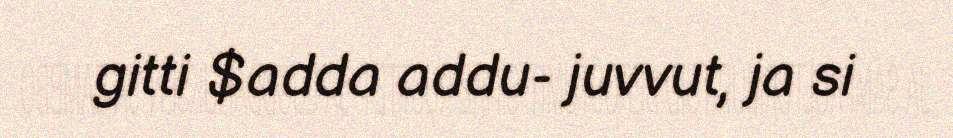
gitti $adda addu- juvvut, ja si